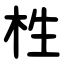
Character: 栍